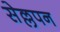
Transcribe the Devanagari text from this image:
सेल्लपन